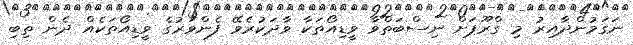
ނަގަމުންދާއިރު މި ގްރޫޕަށް ނިސްބަތްވާ ވީޑިއޯތަކާ ވާދަކުރެވޭ ފެންވަރުގެ ވީޑިއޯތަކެއް ދެން ތިބި